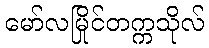
မော်လမြိုင်တက္ကသိုလ်